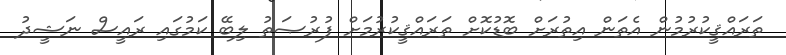
ތަރައްޤީކުރުމުން އެތަން އިތުރަށް ބޮޑުކޮށް ތަރައްޤީކުރުމަށް ފުރުޞަތު ލިބޭ ކަމުގައި ރައީސް ނަޝީދު